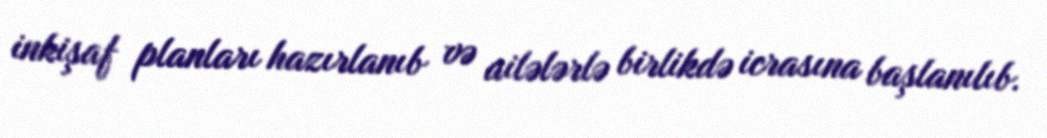
inkişaf planları hazırlanıb və ailələrlə birlikdə icrasına başlanılıb.